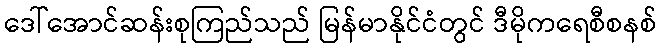
ဒေါ်အောင်ဆန်းစုကြည်သည် မြန်မာနိုင်ငံတွင် ဒီမိုကရေစီစနစ်